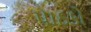
પાઠકો